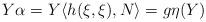
LaTeX: \begin{align*}Y\alpha=Y\langle h(\xi,\xi),N\rangle=g\eta(Y)\end{align*}